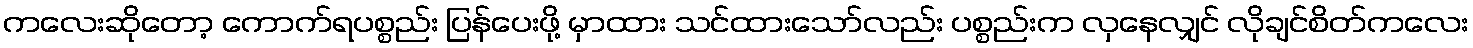
ကလေးဆိုတော့ ကောက်ရပစ္စည်း ပြန်ပေးဖို့ မှာထား သင်ထားသော်လည်း ပစ္စည်းက လှနေလျှင် လိုချင်စိတ်ကလေး